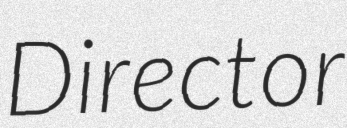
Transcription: Director